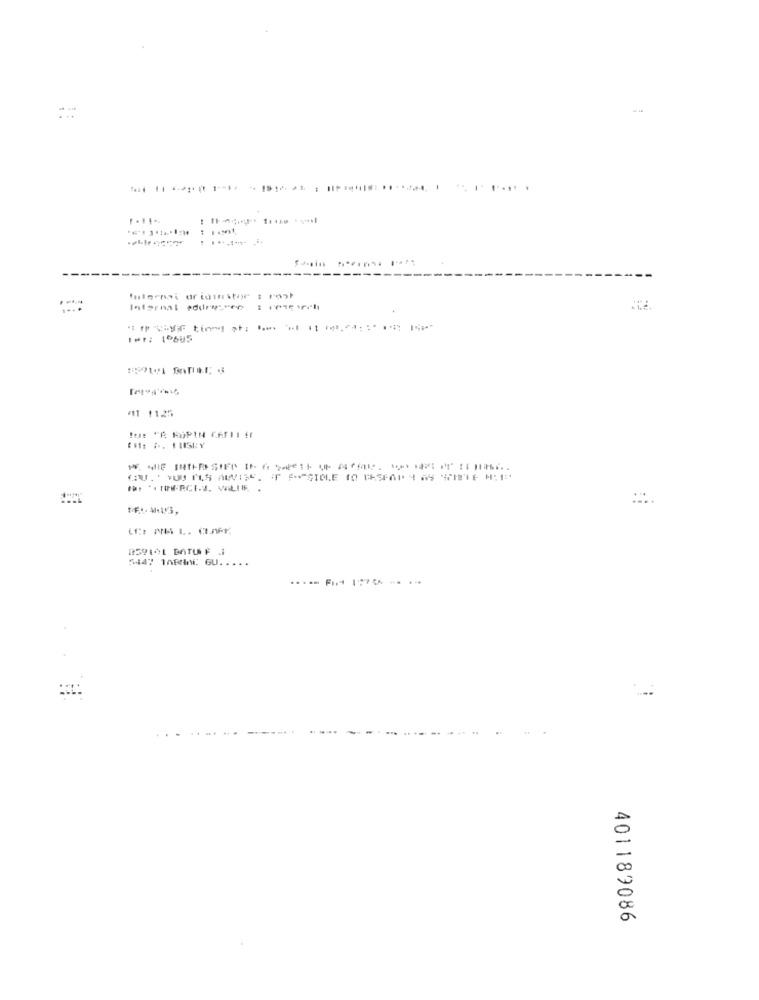
. ..
fulermai oridinitor : rozt
Internal addressee : retich
#11 1125
!U: "A ROPIN CAFHI !!
*SIE SHILDSIDIGA
GU. ' YOU MLS ALVISE. IF POSSIBLE 10 05601 4 AS STITLE M:1
:...
5447 1ABIni: GU. . . . .
401189086